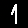
Digit: 1